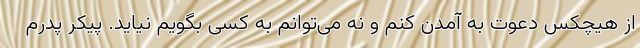
از هیچکس دعوت به آمدن کنم و نه می‌توانم به کسی بگویم نیاید. پیکر پدرم